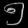
Digit: ၅